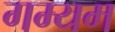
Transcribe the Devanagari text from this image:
गम्यम